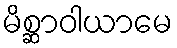
မိစ္ဆာဝါယာမေ